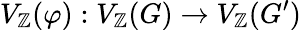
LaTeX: V_{\mathbb{Z}}(\varphi):V_{\mathbb{Z}}(G)\to V_{\mathbb{Z}}(G^{\prime})